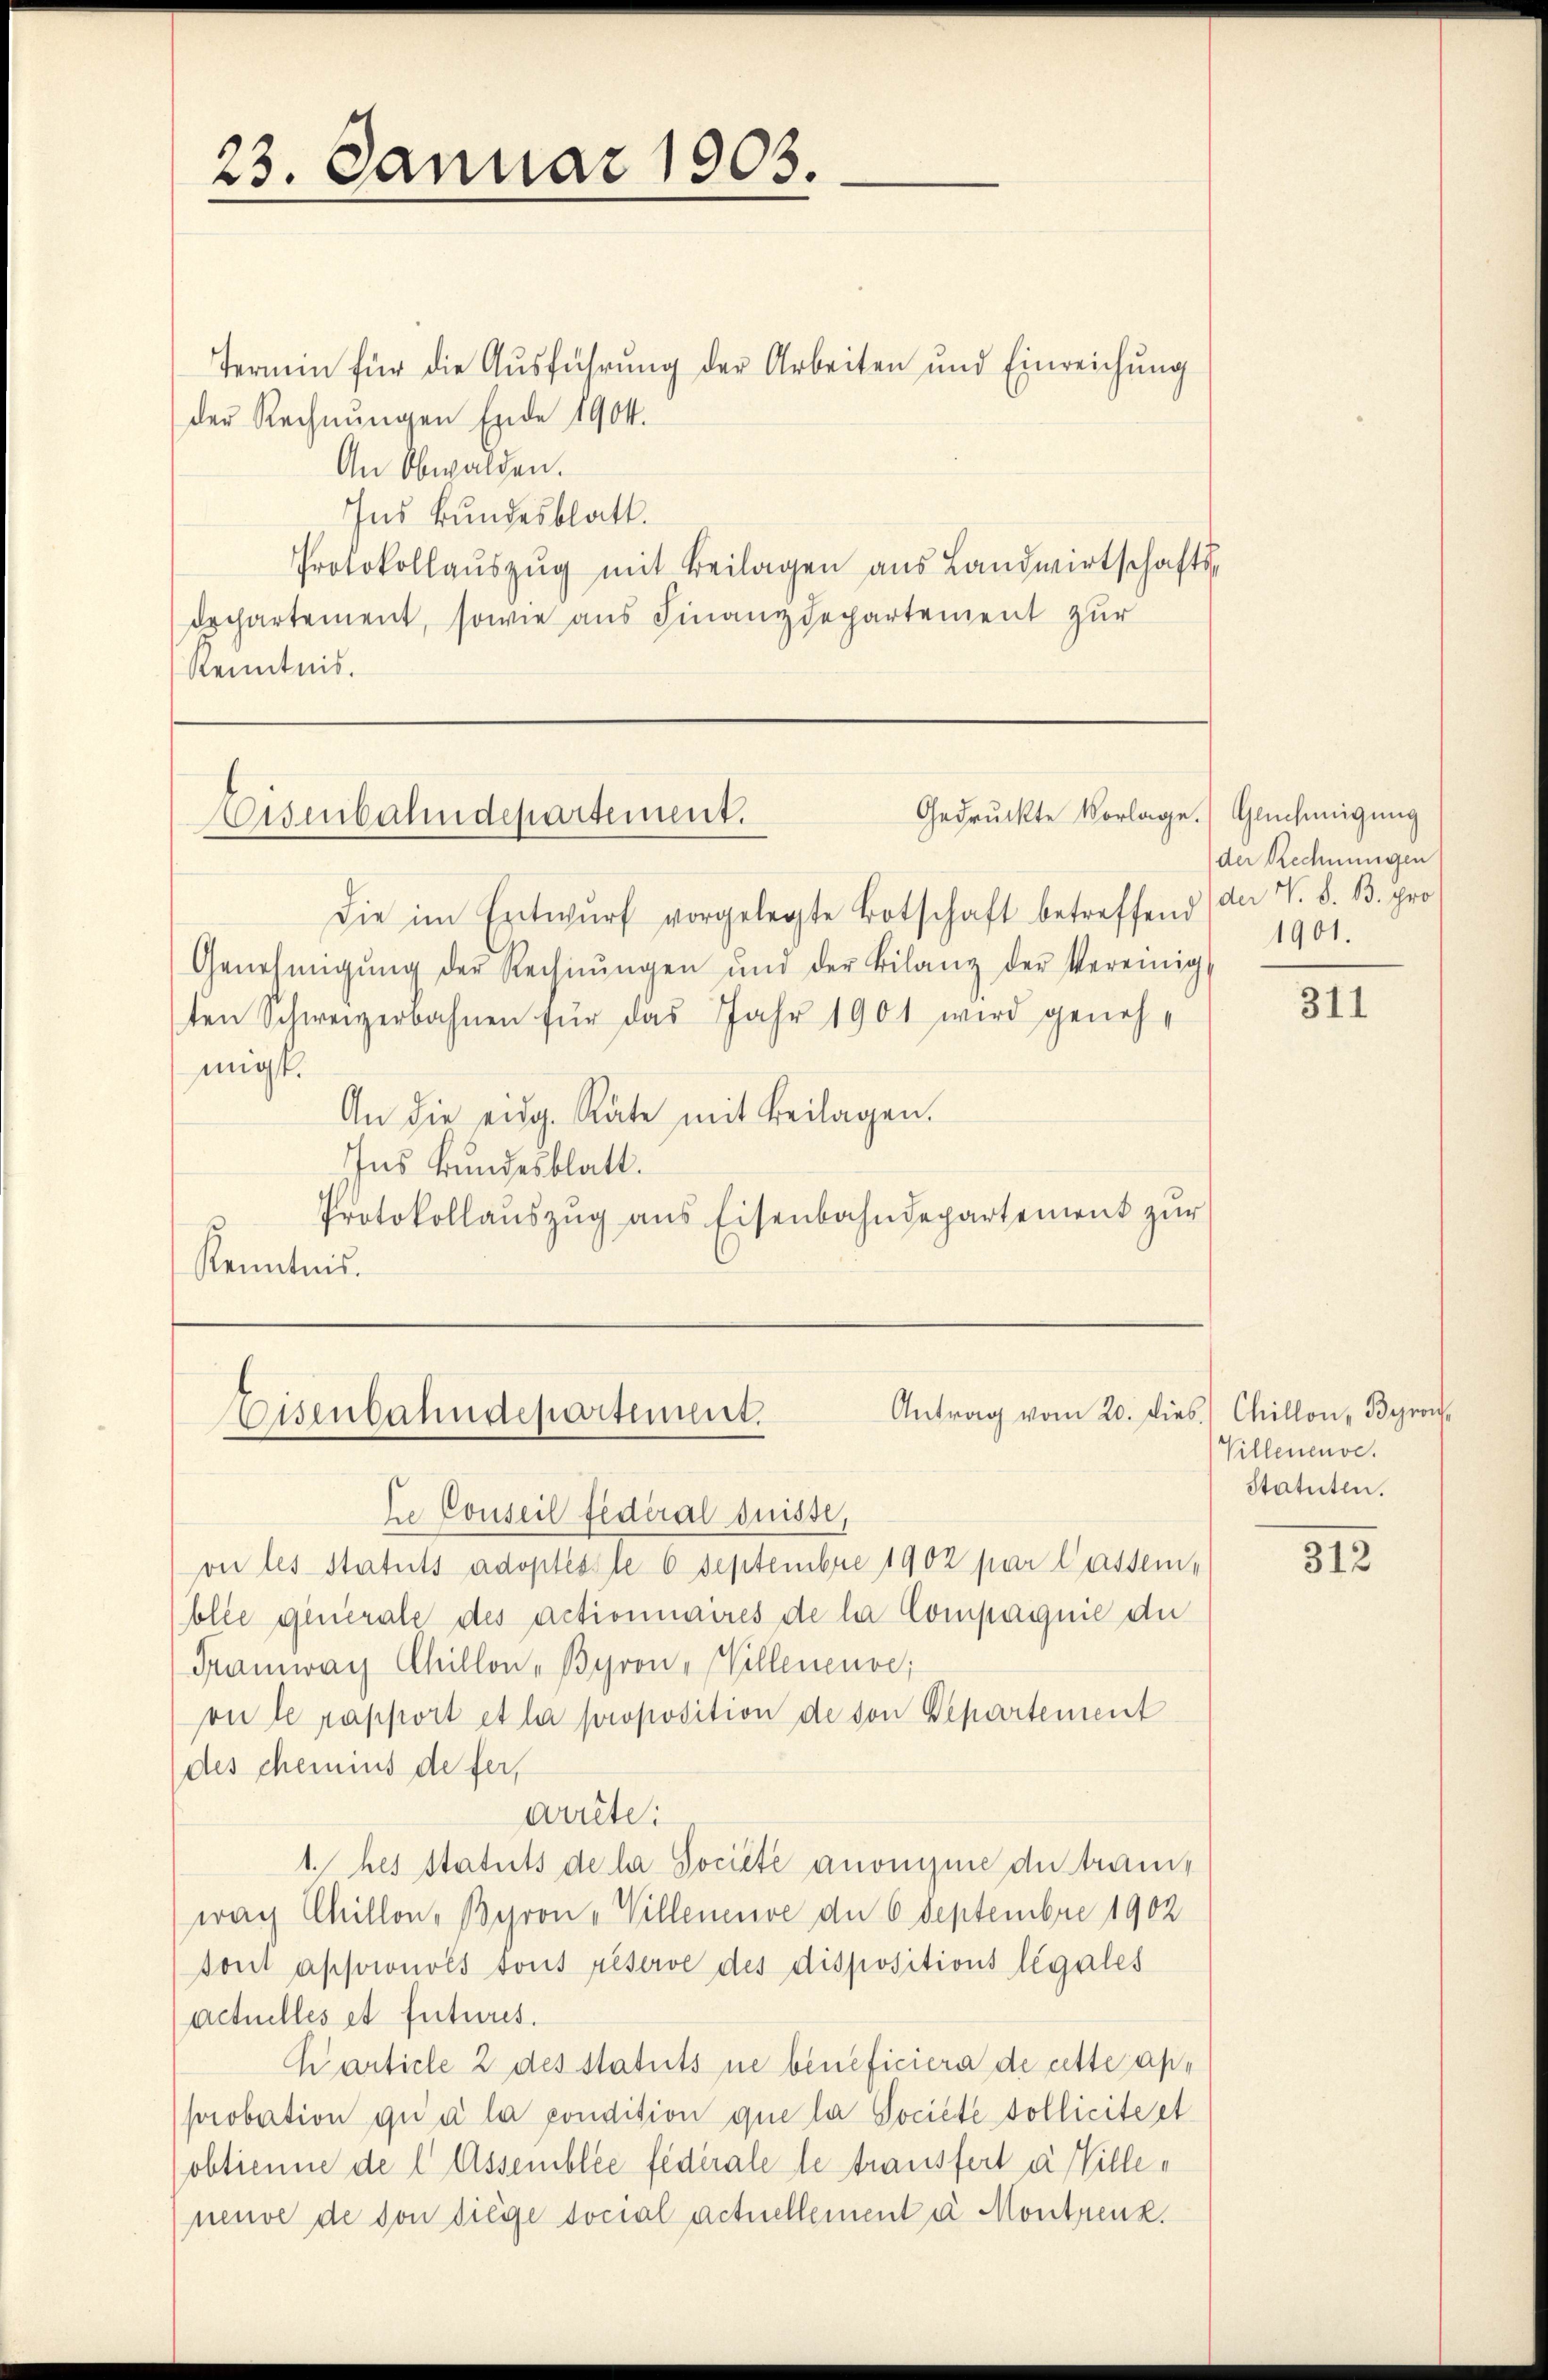
23. Januar 1903.

Termin für die Ausführung der Arbeiten und Einreichung
der Rechnungen Ende 1904.
An Obwalden.
Ins Bundesblatt.
Protokollauszug mit Beilagen aus Landwirtschaftsdechartement, sowie aus Finanzdepartement zur
Kenntnis.
Die im Entwŭrf vorgelegte Botschaft betreffend (da V. d. B. pro
Genehmigŭng der Rechnŭngen und der Bilanz der Vereinig
ten Schweizerbahnen für das Jahr 1901 wird genehmigt.
An die eidg. Räte mit Beilagen.
Ins Bundesblatt.
Protokollaŭszŭg ans Eisenbahndepartement zur
Kenntnis.

Gedruckte Vorlage.) Genehmigung
Hisenbahndepartement.

Antrag vom 20. Ju
Eisenbahndepartement.

le Conseil federal Suisse,
on les Statuts adoptéssle 6 Septembre 1902 par Cassen,
blle generale des actionnaires de la Compagnie du
Tramway Chillon - Byron, Willeneuve,
on le rapport et la proposition de von Departement
des chemins de fer
arrête:
1.hes Statuts de la Société anonisie du trauwach Chillon, Baron - Willeneuve der 6 Septembre 1902
sont apporonols tous réserve des dispositions légales
actuelles et futures.
Karticle 2 des statuts ne beneficiera de cette apr
probation qui a la condition que la Societe sollicite et
(obtienne de l Assemblée fédérale le trausfert a Villeneuve de von diege social actuellement u. Montenz.

der Rechnungen
1901.

311

es Chillon, Baron
Villenenve
Statuten.

312